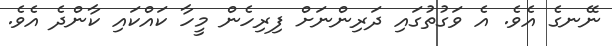
ނޭނގެ އެވެ. އެ ވަގުތުގައި ދަރިންނަށް ފިރިހެން މީހާ ކައްކައިި ކާންދެ އެވެ.